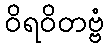
ဝိရဝိတဗ္ဗံ